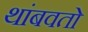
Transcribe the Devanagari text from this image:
थांबवतो